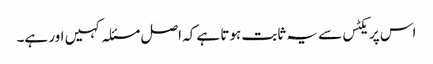
اس پریکٹس سے یہ ثابت ہوتا ہے کہ اصل مسئلہ کہیں اور ہے۔